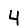
Digit: 4